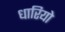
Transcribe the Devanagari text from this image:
धारियो